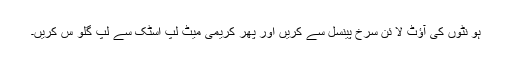
ہو نٹوں کی آؤٹ لا ئن سرخ پینسل سے کریں اور پھر کریمی میٹ لپ اسٹک سے لپ گلو س کریں۔